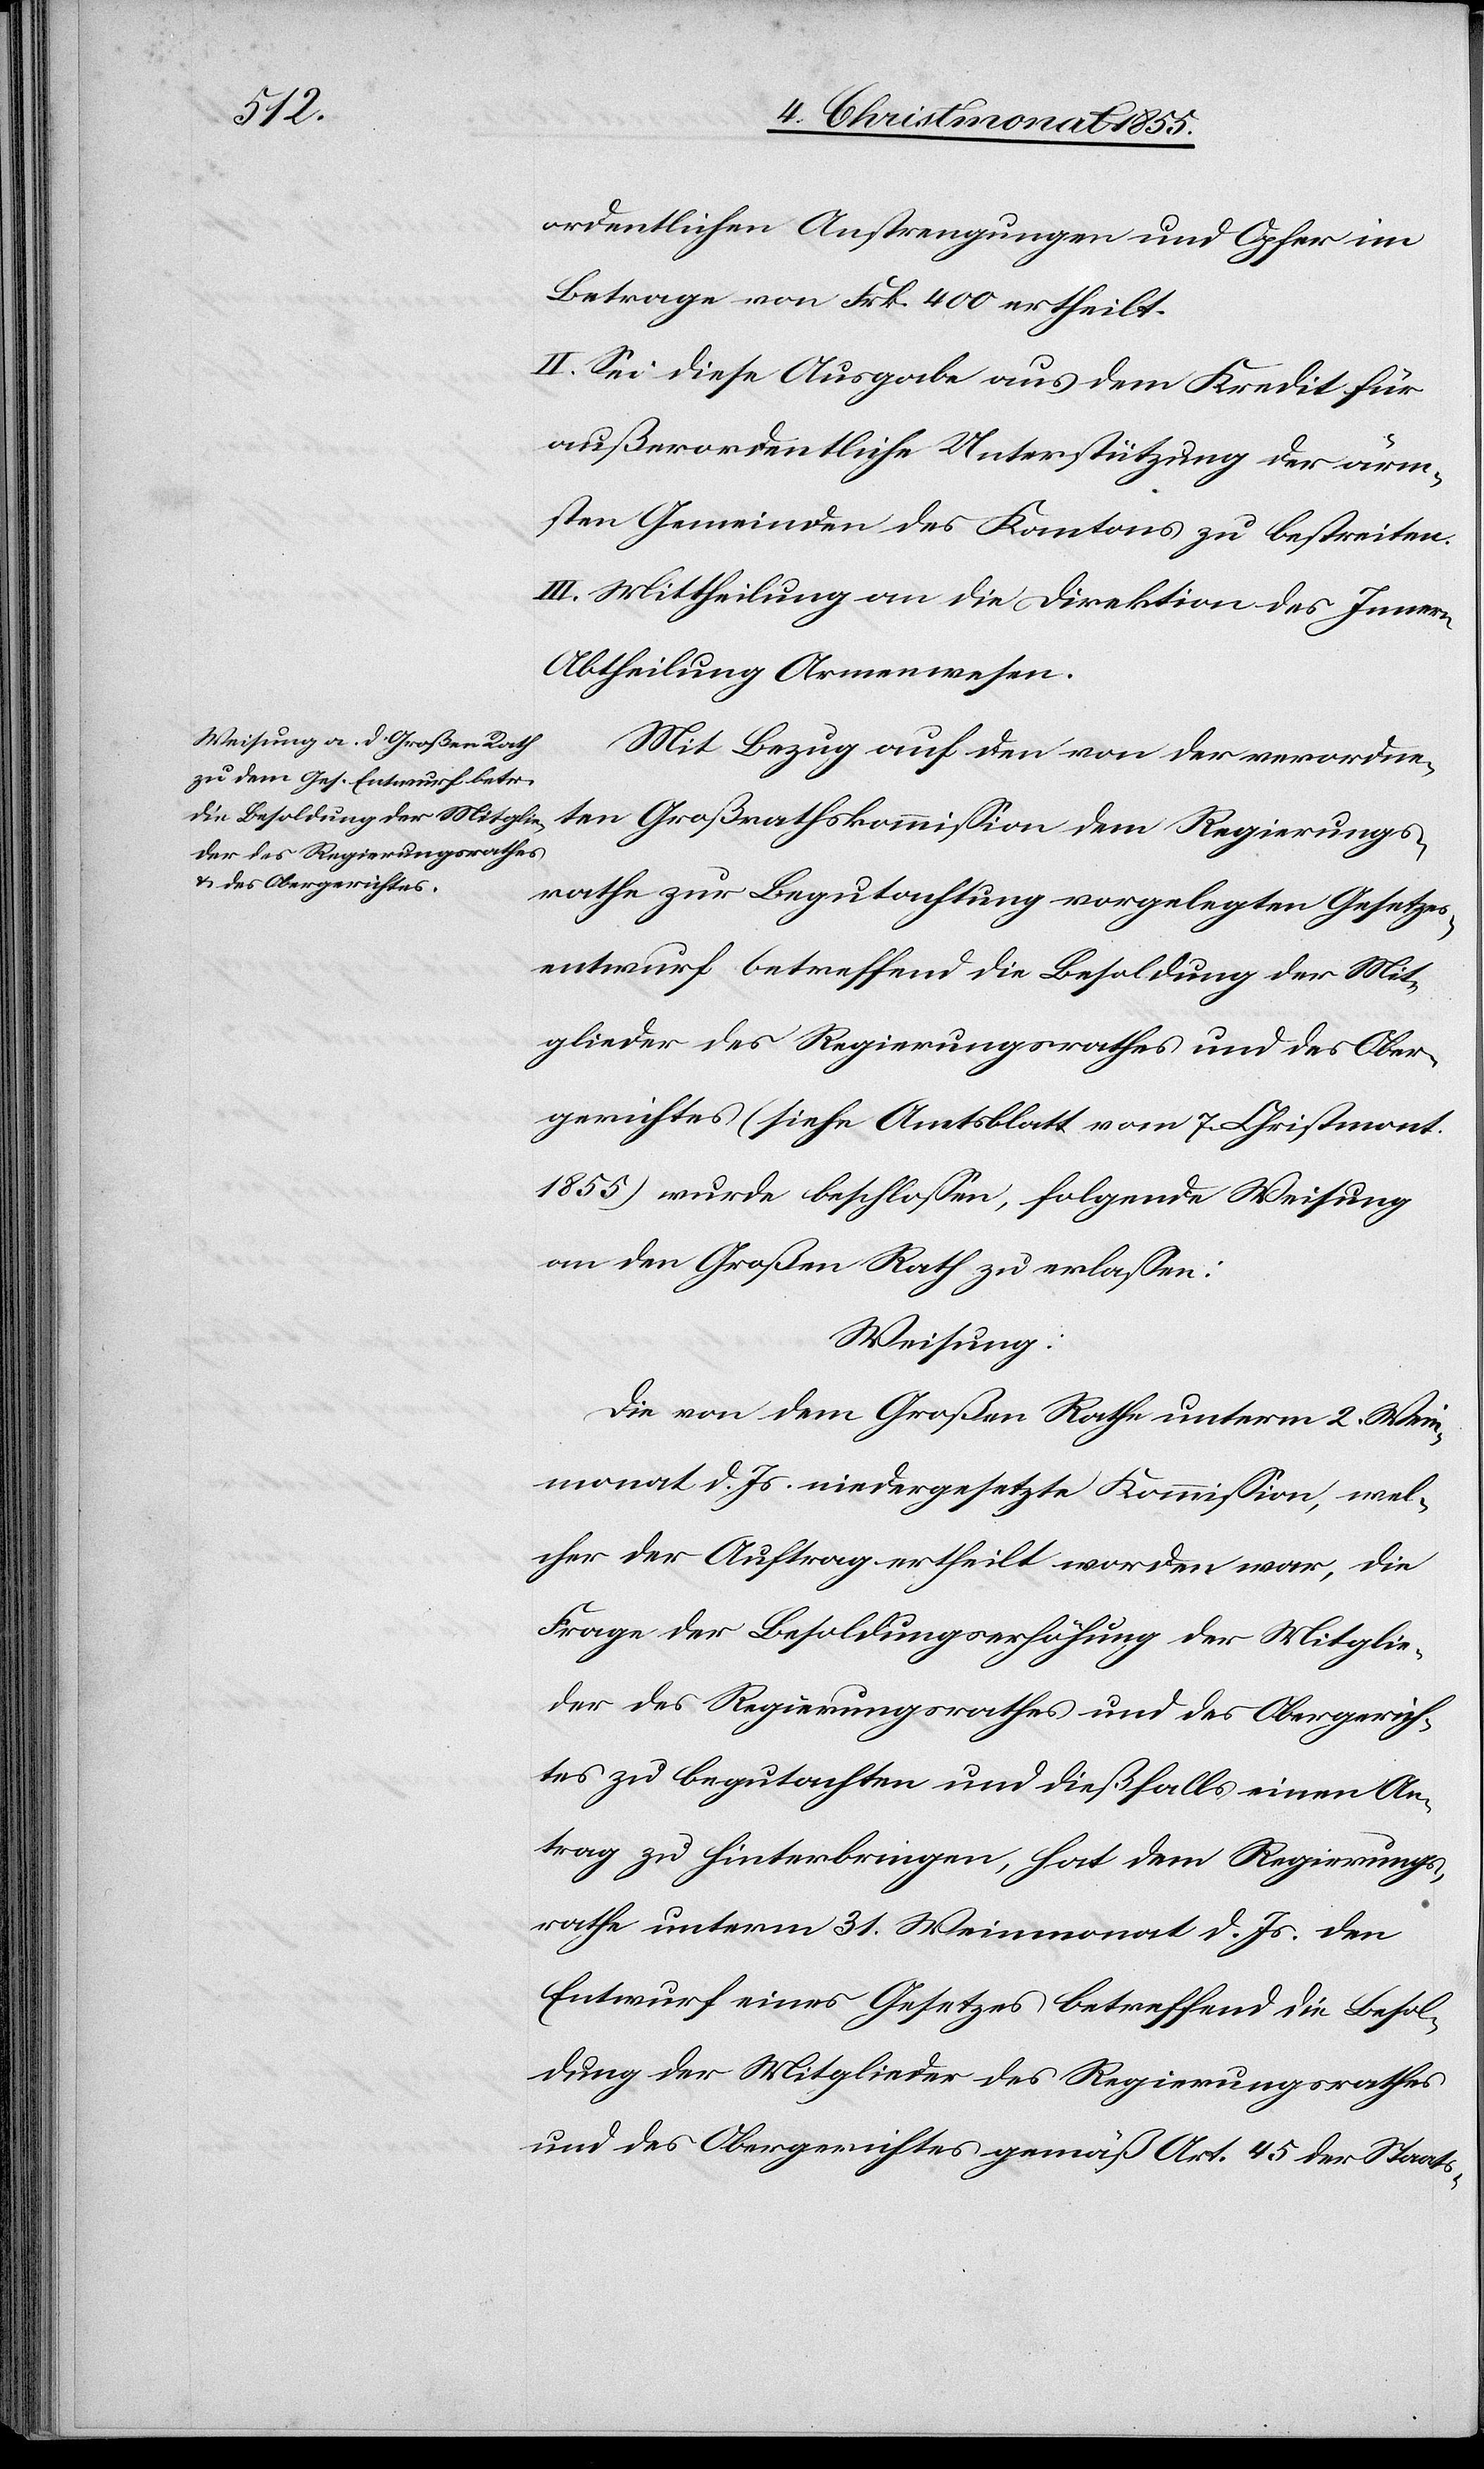
ordentlichen Anstrengungen und Opfer im
Betrage von Frk. 400 ertheilt.
II. Sei diese Ausgabe aus dem Kredit für
außerordentliche Unterstützung der ärm¬
sten Gemeinden des Kantons zu bestreiten.
III. Mittheilung an die Direktion des Innern
Abtheilung Armenwesen.
Mit Bezug auf den von der verordne¬
ten Großrathskommission dem Regierungs¬
rathe zur Begutachtung vorgelegten Gesetzes¬
entwurf betreffend die Besoldung der Mit¬
glieder des Regierungsrathes und des Ober¬
gerichtes (siehe Amtsblatt vom 7. Christmont.
1855) wurde beschlossen, folgende Weisung
an den Großen Rath zu erlassen:
Weisung:
Die von dem Großen Rathe unterm 2. Wein¬
monat d. Js. niedergesetzte Kommission, wel¬
cher der Auftrag ertheilt worden war, die
Frage der Besoldungserhöhung der Mitglie¬
der des Regierungsrathes und des Obergerich¬
tes zu begutachten und dießfalls einen An¬
trag zu hinterbringen, hat dem Regierungs¬
rathe unterm 31. Weinmonat d. Js. den
Entwurf eines Gesetzes betreffend die Besol¬
dung der Mitglieder des Regierungsrathes
und des Obergerichtes gemäß Art. 45 der Staats-